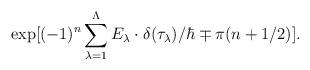
LaTeX: \begin{align*}\exp[ (-1)^n \sum_{\lambda =1}^\Lambda E_\lambda \cdot \delta(\tau_\lambda)/\hbar \mp \pi (n + 1/2)].\end{align*}